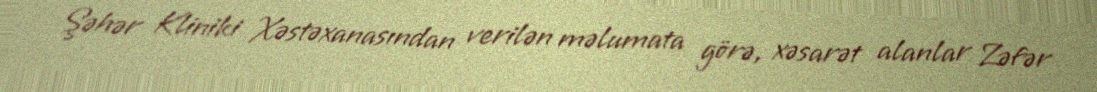
Şəhər Kliniki Xəstəxanasından verilən məlumata görə, xəsarət alanlar Zəfər